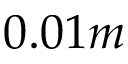
0 . 0 1 m